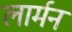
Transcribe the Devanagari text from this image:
लार्मन